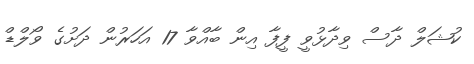
ކުޝަލް ދާސް ވިދާޅުވީ ފީފާ އިން ބާއްވާ 17 އަހަރުން ދަށުގެ ވޯލްޑް